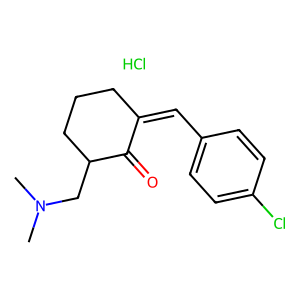
SMILES: CN(C)CC1CCCC(=Cc2ccc(Cl)cc2)C1=O.Cl
Inhibits HIV replication: No